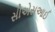
સીએસઆઈ